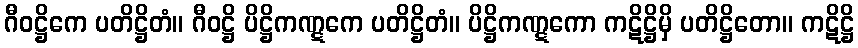
ဂီဝဋ္ဌိကေ ပတိဋ္ဌိတံ။ ဂီဝဋ္ဌိ ပိဋ္ဌိကဏ္ဋကေ ပတိဋ္ဌိတံ။ ပိဋ္ဌိကဏ္ဋကော ကဋိဋ္ဌိမှိ ပတိဋ္ဌိတော။ ကဋိဋ္ဌိ